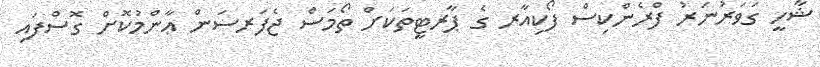
ޝާހީ ގަވަރުނަރު ފްރެންކިސް ފޯކިއާރ ގެ ޕާރޓީތަކަށް ތޯމަސް ޖެފަރސަން ޢާންމުކޮށް ގޮސްފައި